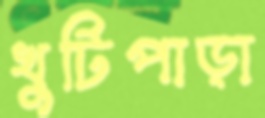
খুটিপাড়া